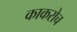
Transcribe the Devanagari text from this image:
काकरोच